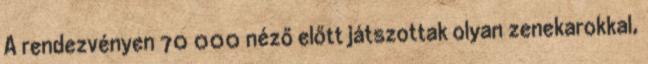
A rendezvényen 70 000 néző előtt játszottak olyan zenekarokkal,